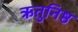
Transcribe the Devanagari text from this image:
ऋतुनिष्ठ